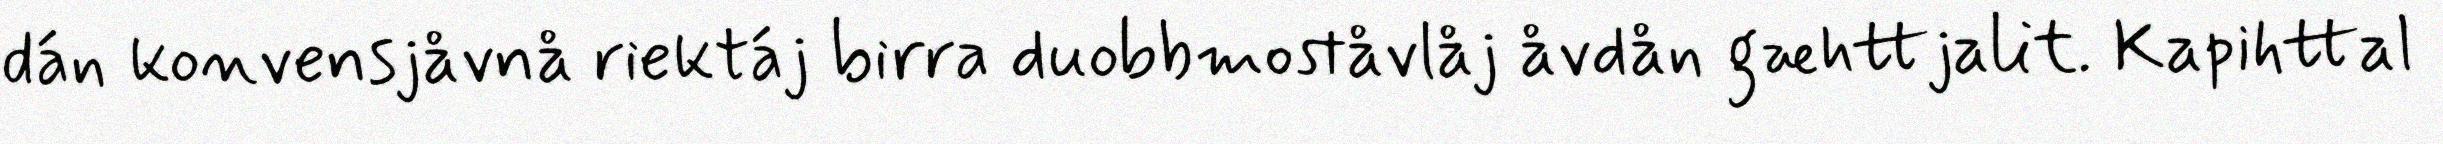
dán konvensjåvnå riektáj birra duobbmoståvlåj åvdån gæhttjalit. Kapihttal